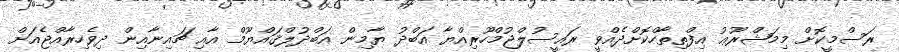
ރަސްމީކޮށް މިމަޝްރޫޢު އިފްތިތާހްކޮށްދެއްވީ ރައީސުލްޖުމްހޫރިއްޔާ އަބްދު ޔާމިން އަބްދުލްޤައްޔޫމް އާއި ޗައިނާއިން ދިވެހިރާއްޖެއަށް